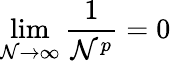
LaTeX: \lim\limits_{\mathcal{N}\rightarrow\infty}\frac{{1}}{{\mathcal{N}^{p}}}=0